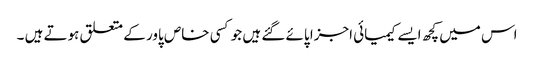
اس میں کچھ ایسے کیمیائی اجزا پائے گئے ہیں جو کسی خاص پاور کے متعلق ہوتے ہیں ۔